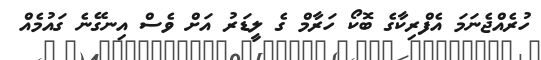
ހުރެއްޖެނަމަ އެފްރިކާގެ ބޮކޯ ހަރާމް ގެ ލީޑަރު އަށް ވެސް އިނގޭނެ ގައުމެއް